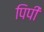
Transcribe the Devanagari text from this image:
पिपी